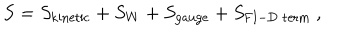
S = S _ { \mathrm { k i n e t i c } } + S _ { W } + S _ { \mathrm { g a u g e } } + S _ { \mathrm { F I - D \ t e r m } } ~ ,